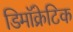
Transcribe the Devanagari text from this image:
डिमॉक्रेटिक